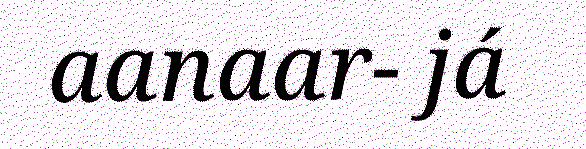
aanaar- já